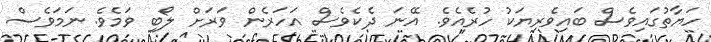
ހަޔާތުގައިވެސް ބައިވެރިޔަކު ހުރެއެވެ. އޭނަ ދެކެވެސް އަހަރެން ވަރަށް ލޯބި ވަމެވެ. ނަމަވެސް